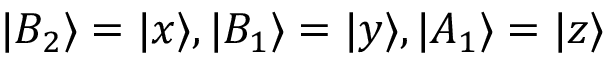
| B _ { 2 } \rangle = | x \rangle , | B _ { 1 } \rangle = | y \rangle , | A _ { 1 } \rangle = | z \rangle